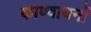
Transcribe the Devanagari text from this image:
काण्वायनों